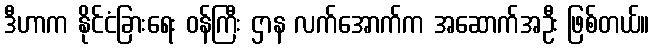
ဒီဟာက နိုင်ငံခြားရေး ဝန်ကြီး ဌာန လက်အောက်က အဆောက်အဦး ဖြစ်တယ်။